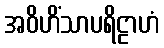
အဝိဟိံသာပရိဠာဟံ